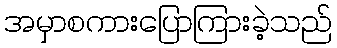
အမှာစကားပြောကြားခဲ့သည်